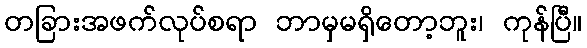
တခြားအဖက်လုပ်စရာ ဘာမှမရှိတော့ဘူး၊ ကုန်ပြီ။